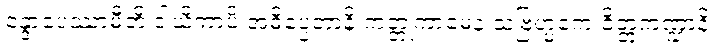
ဝန္ဒာပေဿာမီတိ ဒါယိကာပိ အဓိပ္ပေတာနိ ကတ္တုကာမေန သဗြဟ္မကေ ခိတ္တကဏ္ဍာနိ